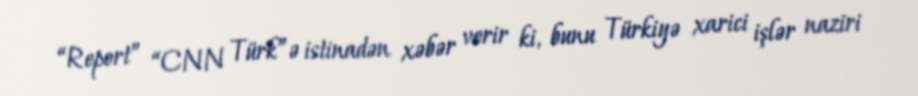
“Report” “CNN Türk”ə istinadən xəbər verir ki, bunu Türkiyə xarici işlər naziri